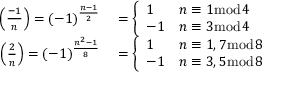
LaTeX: \begin{array} { r l } { \left( { \frac { - 1 } { n } } \right) = ( - 1 ) ^ { \frac { n - 1 } { 2 } } } & { { } = { \left\{ \begin{array} { l l } { 1 } & { n \equiv 1 { \bmod { 4 } } } \\ { - 1 } & { n \equiv 3 { \bmod { 4 } } } \end{array} \right. } } \\ { \left( { \frac { 2 } { n } } \right) = ( - 1 ) ^ { \frac { n ^ { 2 } - 1 } { 8 } } } & { { } = { \left\{ \begin{array} { l l } { 1 } & { n \equiv 1 , 7 { \bmod { 8 } } } \\ { - 1 } & { n \equiv 3 , 5 { \bmod { 8 } } } \end{array} \right. } } \end{array}